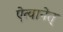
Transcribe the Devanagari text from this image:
ऐत्वानेत्